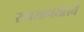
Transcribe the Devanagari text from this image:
रुपयापर्यंतचे